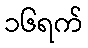
၁၆ရက်